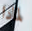
لماذا